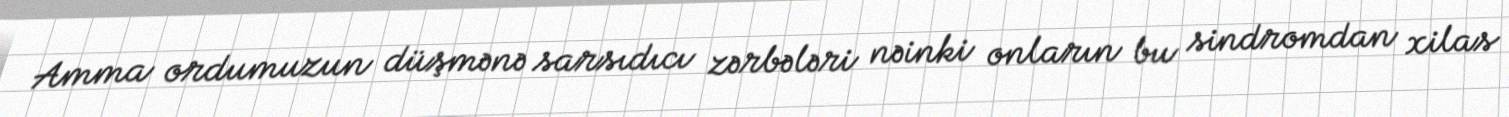
Amma ordumuzun düşmənə sarsıdıcı zərbələri nəinki onların bu sindromdan xilas